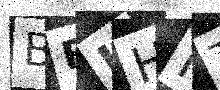
Text: BFJHMT